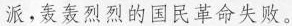
派，轰轰烈烈的国民革命失败。